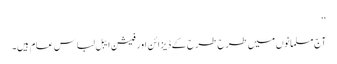
‘‘
آج مسلمانوں میں طرح طرح کے ڈیزائن اور فیشن ایبل لباس عام ہیں۔